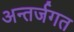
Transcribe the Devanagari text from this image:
अन्तर्जगत